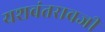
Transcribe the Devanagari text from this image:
यशवंतरावजी